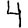
Digit: 4